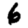
Digit: 6